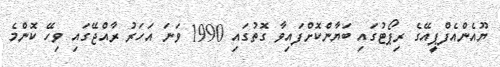
ޔޫއެންއެފްޕީއޭގެ ރިޕޯޓުގައި ބަޔާންކޮށްފައިވާ ގޮތުގައި 1990 ވަނަ އަހަރު ރާއްޖޭގައި ވިހޭ ކޮންމެ